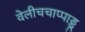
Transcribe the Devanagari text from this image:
वेलीचचाप्पाड्डू